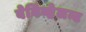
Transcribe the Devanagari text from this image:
बेनिव्हेलन्ट